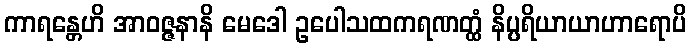
ကာရန္တေဟိ အာဝဇ္ဇနာနိ မေဒေါ ဥပေါသထကရဏတ္ထံ နိပ္ပရိယာယာဟာရောပိ